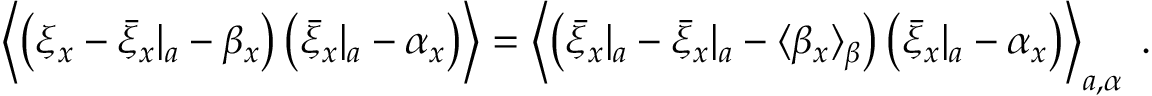
\begin{array} { r } { \left\langle \left( \xi _ { x } - { \bar { \xi } _ { x } } | _ { a } - \beta _ { x } \right) \left( { \bar { \xi } _ { x } } | _ { a } - \alpha _ { x } \right) \right\rangle = \left\langle \left( { \bar { \xi } _ { x } } | _ { a } - { \bar { \xi } _ { x } } | _ { a } - \langle \beta _ { x } \rangle _ { \beta } \right) \left( { \bar { \xi } _ { x } } | _ { a } - \alpha _ { x } \right) \right\rangle _ { a , \alpha } \; . } \end{array}